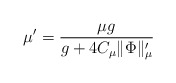
\begin{align*} \mu'=\frac{\mu g}{g+ 4 C_\mu\lVert \Phi\rVert_\mu'} \end{align*}